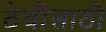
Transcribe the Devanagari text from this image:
ठेवींसाठी